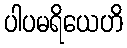
ပါပမရိယေဟိ